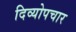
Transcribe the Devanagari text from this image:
दिव्योपचार